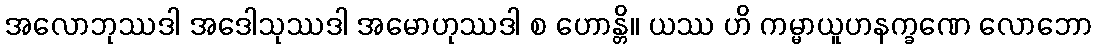
အလောဘုဿဒါ အဒေါသုဿဒါ အမောဟုဿဒါ စ ဟောန္တိ။ ယဿ ဟိ ကမ္မာယူဟနက္ခဏေ လောဘော